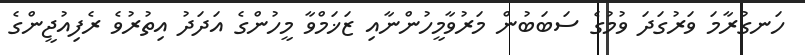
ހަނގުރާމަ ވަރުގަދަ ވުމުގެ ސަބަބުން މަރުވާމީހުންނާއި ޒަޚަމްވާ މީހުންގެ އަދަދު އިތުރުވެ ރެފިއުޖީންގެ